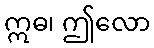
ဣဓ၊ ဤလော